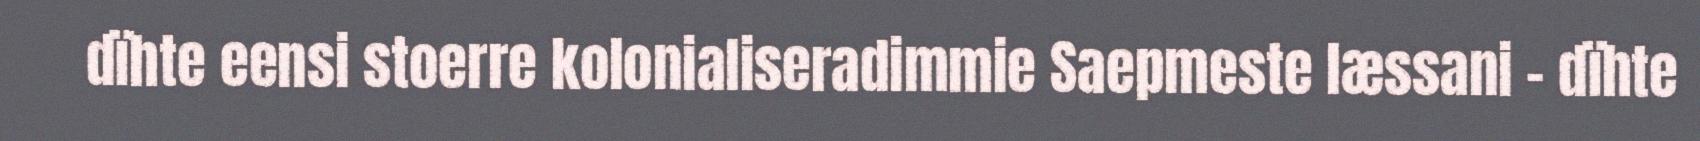
dïhte eensi stoerre kolonialiseradimmie Saepmeste læssani – dïhte